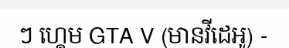
ៗ ហ្គេម GTA V (មានវីដេអូ) -